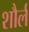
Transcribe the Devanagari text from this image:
शौर्ल